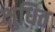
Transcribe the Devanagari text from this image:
क्षुधित